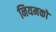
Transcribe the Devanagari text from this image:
नियमको